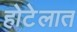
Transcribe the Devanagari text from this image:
होटेलात